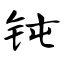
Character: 钝